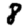
Digit: 8